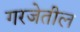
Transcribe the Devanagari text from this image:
गरजेतील